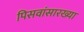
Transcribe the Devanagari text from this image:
पिसवांसारख्या